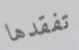
تفقدها